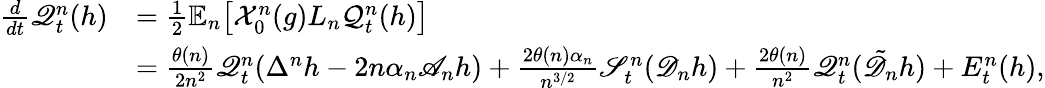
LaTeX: \begin{array}{rl}{\frac{d}{dt}\mathscr{Q}_{t}^{n}(h)}&{=\frac{1}{2}\mathbb{E}_{n}\big[\mathcal{X}_{0}^{n}(g)L_{n}\mathcal{Q}_{t}^{n}(h)\big]}\\ &{=\frac{\theta(n)}{2n^{2}}\mathscr{Q}_{t}^{n}(\Delta^{n}h-2n\alpha_{n}\mathscr{A}_{n}h)+\frac{2\theta(n)\alpha_{n}}{n^{3/2}}\mathscr{S}_{t}^{n}(\mathscr{D}_{n}h)+\frac{2\theta(n)}{n^{2}}\mathscr{Q}_{t}^{n}(\tilde{\mathscr{D}_{n}}h)+E_{t}^{n}(h),}\end{array}